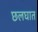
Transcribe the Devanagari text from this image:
छलघात